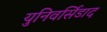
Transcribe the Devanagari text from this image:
युनिवर्सिडाद